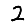
Digit: 2